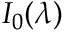
I _ { 0 } ( \lambda )